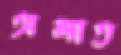
অলাত